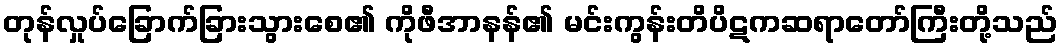
တုန်လှုပ်ခြောက်ခြားသွားစေ၏ ကိုဖီအာနန်၏ မင်းကွန်းတိပိဋကဆရာတော်ကြီးတို့သည်